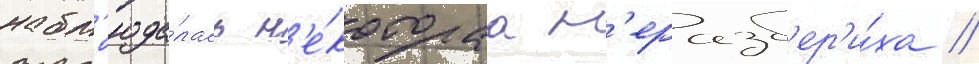
набл'юда́лась н'е́котораа н'еразб'ер'и́ха //